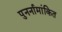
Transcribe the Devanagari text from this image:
पुनर्नामांकित